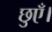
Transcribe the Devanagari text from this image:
छुएँ।